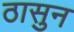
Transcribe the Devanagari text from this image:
ठासुन